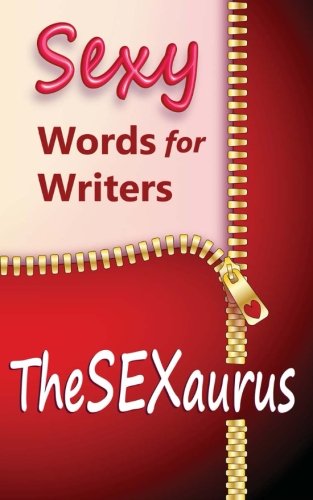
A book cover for TheSEXaurus: Sexy Words for Writers; Stefanie Olsen; Reference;